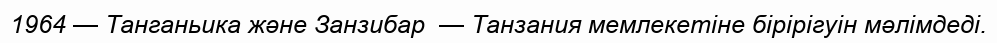
1964 — Танганьика және Занзибар  — Танзания мемлекетіне бірірігуін мәлімдеді.